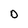
Character: D